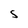
Character: S